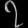
Digit: ၇